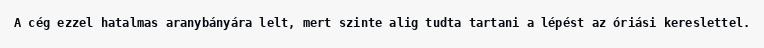
A cég ezzel hatalmas aranybányára lelt, mert szinte alig tudta tartani a lépést az óriási kereslettel.